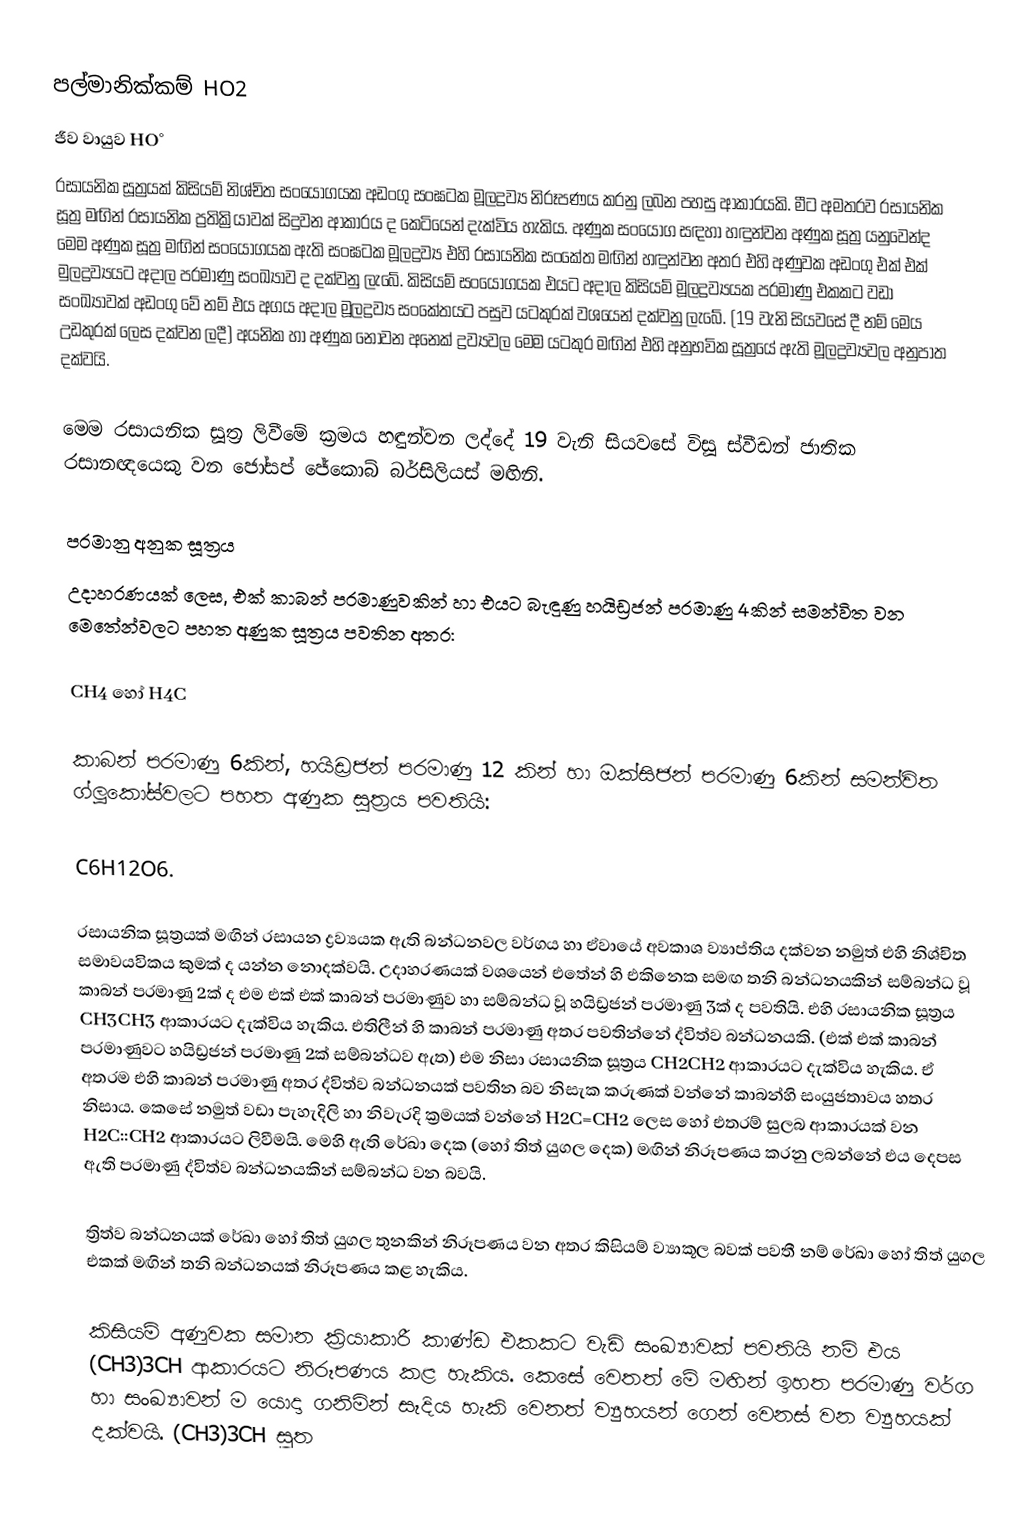
පල්මානික්කම් HO2
 ජීව වායුව HO°
 රසායනික සූත්‍රයක් කිසියම් නිශ්චිත සංයෝගයක අඩංගු සංඝටක මූලද්‍රව්‍ය නිරූපණය කරනු ලබන පහසු ආකාරයකි. මීට අමතරව රසායනික සූත්‍ර මඟින් රසායනික ප්‍රතික්‍රියාවක් සිදුවන ආකාරය ද කෙටියෙන් දැක්විය හැකිය. අණුක සංයෝග සඳහා  හඳුන්වන අණුක සූත්‍ර යනුවෙන්ද  මෙම අණුක සූත්‍ර මඟින් සංයෝගයක ඇති සංඝටක  මූලද්‍රව්‍ය එහි රසායනික සංකේත මඟින් හඳුන්වන අතර එහි අණුවක අඩංගු එක් එක් මුලද්‍රව්‍යයට අදාල පරමාණු සංඛ්‍යාව ද දක්වනු ලැබේ. කිසියම් සංයෝගයක එයට අදාල කිසියම් මූලද්‍රව්‍යයක පරමාණු එකකට වඩා සංඛ්‍යාවක්  අඩංගු වේ නම් එය අගය අදාල මූලද්‍රව්‍ය සංකේතයට පසුව යටකුරක් වශයෙන් දක්වනු ලැබේ. (19 වැනි සිය‍වසේ දී නම් මෙය උඩකුරක්  ලෙස දක්වන ලදී) අයනික හා අණුක නොවන අනෙක් ද්‍රව්‍යවල මෙම යටකුර මඟින් එහි අනුභවික සූත්‍රයේ ඇති මූලද්‍රව්‍යවල අනුපාත දක්වයි.

මෙම රසායනික සූත්‍ර ලිවීමේ ක්‍රමය හඳුන්වන ලද්දේ 19 වැනි සියවසේ විසූ ස්වීඩන් ජාතික රසානඥයෙකු වන ජෝසප් ජේකොබ් බර්සිලියස් මඟිනි.

පරමානු අනුක සූත්‍රය
උදාහරණයක් ලෙස, එක් කාබන් පරමාණුවකින් හා එයට බැඳුණු හයිඩ්‍රජන් පරමාණු 4කින් සමන්විත වන මෙතේන්වලට පහත අණුක සූත්‍රය පවතින අතර:

 CH4 හෝ H4C

කාබන් පරමාණු 6කින්, හයිඩ්‍රජන් පරමාණු 12 කින් හා ඔක්සිජන් පරමාණු 6කින් සමන්විත ග්ලූකෝස්වලට පහත අණුක සුත්‍රය පවතියි:

 C6H12O6.

රසායනික සූත්‍රයක් මඟින් රසායන ද්‍රව්‍යයක ඇති බන්ධනවල වර්ගය හා ඒවායේ අවකාශ ව්‍යාප්තිය දක්වන නමුත් එහි නිශ්චිත සමාවයවිකය කුමක් ද යන්න නොදක්වයි. උදාහරණයක් වශයෙන් එතේන් හි එකිනෙක සමඟ තනි බන්ධනයකින් සම්බන්ධ වූ කාබන් පරමාණු 2ක් ද එම එක් එක් කාබන් පරමාණුව හා සම්බන්ධ වූ හයිඩ්‍රජන් පරමාණු 3ක් ද පවතියි. එහි රසායනික සූත්‍රය CH3CH3   ආකාරයට දැක්විය හැකිය. එතිලීන් හි කාබන් පරමාණු අතර පවතින්නේ ද්විත්ව බන්ධනයකි. (එක් එක් කාබන් පරමාණුවට හයිඩ්‍රජන් පරමාණු 2ක් සම්බන්ධව ඇත) එම නිසා රසායනික සූත්‍රය CH2CH2 ආකාරයට දැක්විය හැකිය. ඒ අතරම එහි කාබන් පරමාණු අතර ද්විත්ව බන්ධනයක් පවතින බව නිසැක කරුණක් වන්නේ කාබන්හි සංයුජතාවය හතර නිසාය. කෙසේ නමුත් වඩා පැහැදිලි හා නිවැරදි ක්‍රමයක් වන්නේ H2C=CH2 ලෙස හෝ එතරම් සුලබ ආකාරයක් වන H2C::CH2 ආකාරයට ලිවීමයි. මෙහි ඇති රේඛා දෙක (හෝ තිත් යුගල දෙක) මඟින් නිරූපණය කරනු ලබන්නේ එය දෙපස ඇති පරමාණු ද්විත්ව බන්ධනයකින් සම්බන්ධ වන බවයි.

ත්‍රිත්ව බන්ධනයක් රේඛා හෝ තිත් යුගල තුනකින් නිරූපණය වන අතර කිසියම් ව්‍යාකූල බවක් පවතී නම් රේඛා හෝ තිත් යුගල එකක් මඟින් තනි බන්ධනයක් නිරූපණය කළ හැකිය.

කිසියම් අණුවක සමාන ක්‍රියාකාරී කාණ්ඩ එකකට වැඩි සංඛ්‍යාවක් පවතියි නම් එය (CH3)3CH ආකාරයට නිරූපණය කළ හැකිය. කෙසේ වෙතත් මේ මඟින් ඉහත පරමාණු වර්ග හා සංඛ්‍යාවන් ම යොදා ගනිමින් සෑදිය හැකි වෙනත් ව්‍යුහයන් ගෙන් වෙනස් වන ව්‍යුහයක් දක්වයි. (CH3)3CH සූත